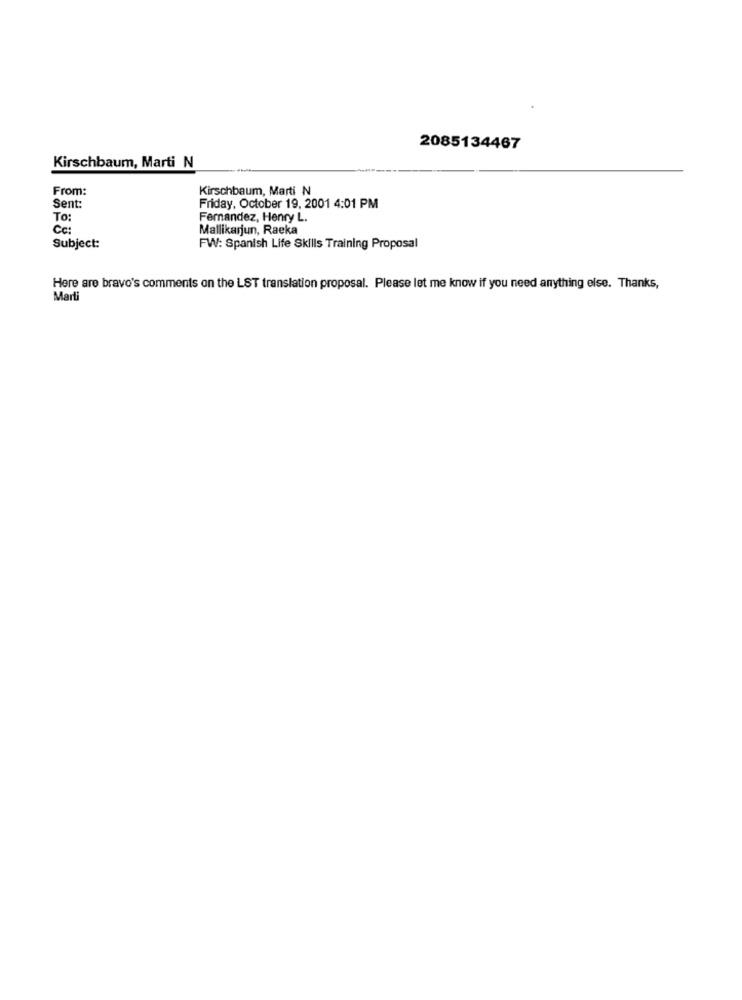
2085134467
Kirschbaum, Marti N
From:
Kirschbaum, Marti N
Sent:
Friday, October 19, 2001 4:01 PM
To:
Fernandez, Henry L.
Cc:
Mallikarjun, Raeka
Subject:
FW: Spanish Life Skills Training Proposal
Here are bravo's comments on the LST translation proposal. Please let me know if you need anything else. Thanks,
Marti